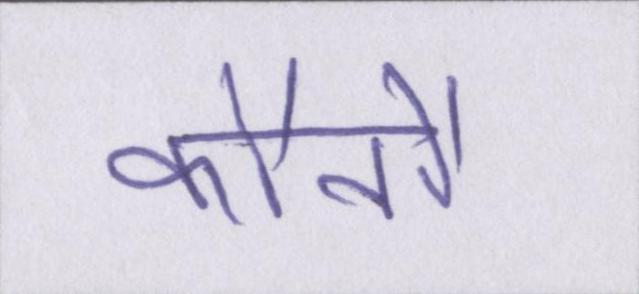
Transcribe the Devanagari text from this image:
कौनौ